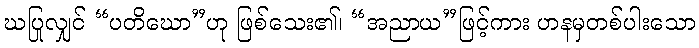
ဃပြုလျှင် “ပတိဃော”ဟု ဖြစ်သေး၏၊ “အညာယ”ဖြင့်ကား ဟနမှတစ်ပါးသော